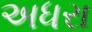
અધરા